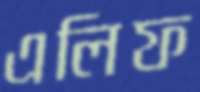
এলিফ